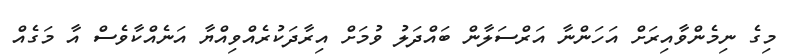
މިގެ ނިމެންވާއިރަށް އަހަންނާ އަރްސަލާން ބައްދަލު ވުމަށް އިރާދަކުރެއްވިއްޔާ އަނެއްކާވެސް އާ މަގެއް